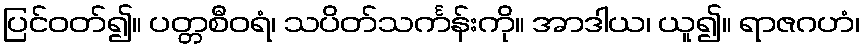
ပြင်ဝတ်၍။ ပတ္တစီဝရံ၊ သပိတ်သင်္ကန်းကို။ အာဒါယ၊ ယူ၍။ ရာဇဂဟံ၊